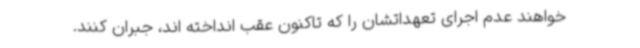
خواهند عدم اجرای تعهداتشان را که تاکنون عقب انداخته اند، جبران کنند.